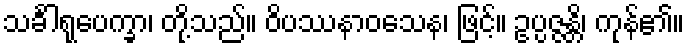
သင်္ခါရုပေက္ခာ၊ တို့သည်။ ဝိပဿနာဝသေန၊ ဖြင့်။ ဥပ္ပဇ္ဇန္တိ၊ ကုန်၏။